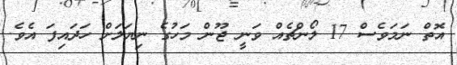
އޮތް ނަމަވެސް 17 ލޯންޗެއް ވަނީ ޖޫން މަހުގެ ނިޔަލަށް ހަދައިފަ އެވެ.